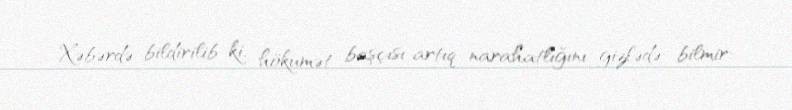
Xəbərdə bildirilib ki, hökumət başçısı artıq narahatlığını gizlədə bilmir: